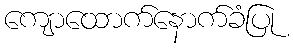
ကျောထောက်နောက်ခံပြု